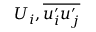
U _ { i } , \overline { { u _ { i } ^ { \prime } u _ { j } ^ { \prime } } }